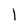
Character: l